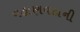
વહાણવટાની